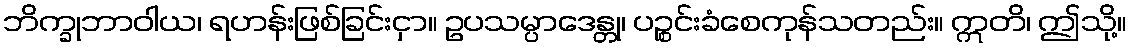
ဘိက္ခုဘာဝါယ၊ ရဟန်းဖြစ်ခြင်းငှာ။ ဥပသမ္ပာဒေန္တု၊ ပဉ္စင်းခံစေကုန်သတည်း။ ဣတိ၊ ဤသို့။